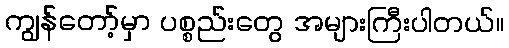
ကျွန်တော့်မှာ ပစ္စည်းတွေ အများကြီးပါတယ်။